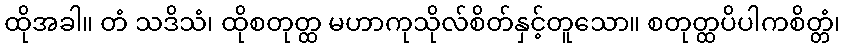
ထိုအခါ။ တံ သဒိသံ၊ ထိုစတုတ္ထ မဟာကုသိုလ်စိတ်နှင့်တူသော။ စတုတ္ထပိပါကစိတ္တံ၊